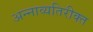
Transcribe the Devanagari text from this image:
अन्नाव्यतिरीक्त